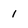
Character: 1